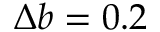
\Delta b = 0 . 2